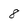
Character: 8